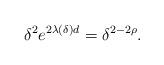
LaTeX: \begin{align*}\delta ^{2}e^{2\lambda \left( \delta \right) d}=\delta ^{2-2\rho }.\end{align*}